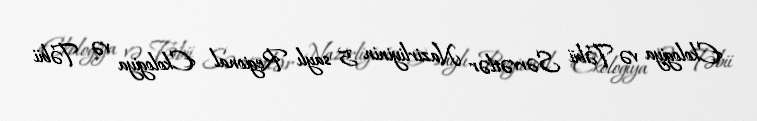
Ekologiya və Təbii Sərvətlər Nazirliyinin 5 saylı Regional Ekologiya və Təbii